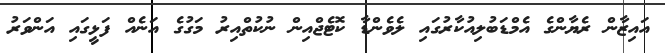
އައިޒާން ރެޔާންގެ އެމްޑަބުލިއުކާރުގައި ލެވެންޑާ ކޮޓެޖްއިން ނުކުތްއިރު މަގުގެ އަނެއް ފަޅީގައި އަންވަރު